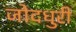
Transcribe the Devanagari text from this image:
जोदधुरी